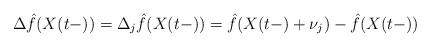
LaTeX: \begin{align*}\Delta \hat{f}(X(t-)) = \Delta_j \hat{f}(X(t-))=\hat{f}(X(t-) + \nu_j) - \hat{f}(X(t-))\end{align*}